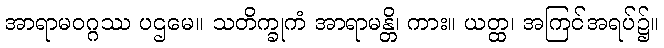
အာရာမဝဂ္ဂဿ ပဌမေ။ သတိက္ခုကံ အာရာမန္တိ၊ ကား။ ယတ္ထ၊ အကြင်အရပ်၌။